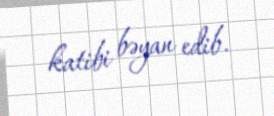
katibi bəyan edib.